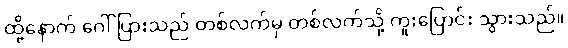
ထို့နောက် ဂေါ်ပြားသည် တစ်လက်မှ တစ်လက်သို့ ကူးပြောင်း သွားသည်။